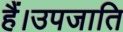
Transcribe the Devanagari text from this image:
हैं।उपजाति